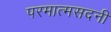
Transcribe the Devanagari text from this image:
परमात्मसदनी